Report of the Imperial Institute of Veterinary Research, Muktesar
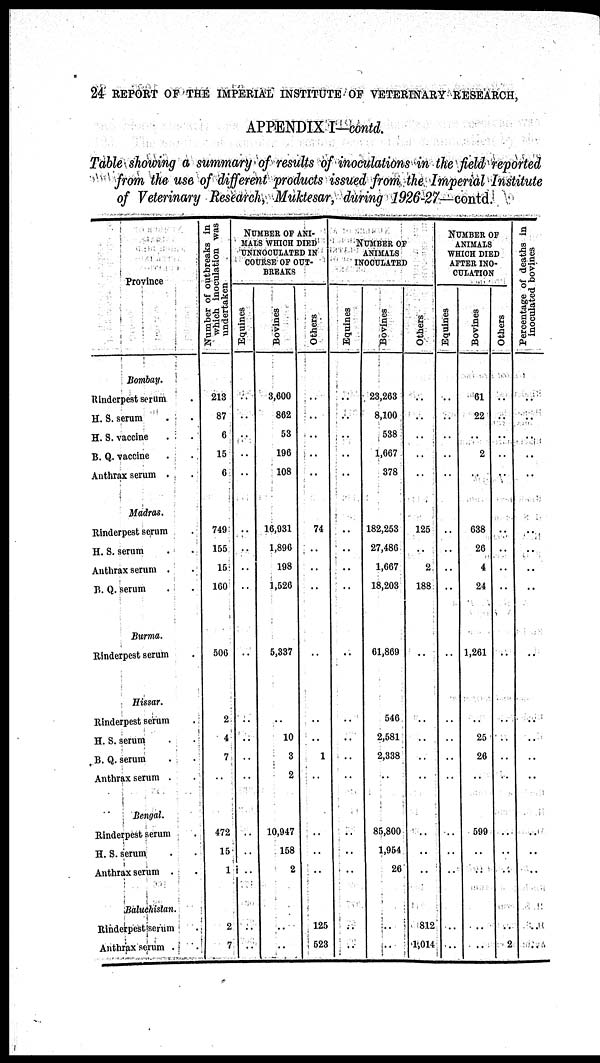
24 REPORT OF THE IMPERIAL INSTITUTE OF VETERINARY RESEARCH,
APPENDIX I -contd.
Table showing a summary of results of inoculations in the field reported
from the use of different products issued from the Imperial Institute
of Veterinary Research, Muktesar, during 1926-27—contd.
Province
Bombay.
Rinderpest serum
H. S. serum
H. S. vaccine
B. Q. vaccine
Anthrax serum .
Madras.
Rinderpest serum
H. S. serum
Anthrax serum .
B. Q. serum
Burma.
Rinderpest serum
Hissar.
Rinderpest serum
H. S. serum
B. Q. serum
Anthrax serum .
Bengal.
Rinderpest serum
H. S. serum
Anthrax serum .
Baluchistan.
Rinderpest serum
Anthrax serum .
Number of outbreaks in
which inoculation was
undertaken
213
87
6
15
6
749
155
15
160
506
2
4
7
472
15
1
2
7
NUMBER OF ANI-
-ALS WHICH DIED
UNINOCULATED IN
COURSE OF OUT-
BREAKS
Equines
..
..
..
..
..
..
..
..
..
..
..
..
..
..
..
..
..
..
..
..
Bovines
3,600
862
53
196
108
16,931
1,896
198
1,526
5,337
..
10
3
2
..
10,947
158
2
..
..
Others
..
..
..
..
..
74
..
..
..
..
..
..
1
..
..
..
..
..
125
523
NUMBER OF
ANIMALS
INOCULATED
Equines
..
..
..
..
..
..
..
..
..
..
..
..
..
..
..
..
..
..
..
..
Bovines
23,263
8,100
538
1,667
378
182,253
27,486
1,667
18,203
61,869
546
2,581
2,338
..
..
85,800
1,954
26
..
..
Others
..
..
..
..
..
125
..
2
188
..
..
..
..
..
..
..
..
..
812
1,014
NUMBER OF
ANIMALS
WHICH DIED
AFTER INO-
CULATION
Equines
..
..
..
..
..
..
..
..
..
..
..
..
..
..
..
..
..
..
..
..
Bovines
61
22
..
2
..
638
26
4
24
1,261
..
25
26
..
..
599
..
..
..
..
Others
..
..
..
..
..
..
..
..
..
..
..
..
..
..
..
..
..
..
..
2
Percentage of deaths in
inoculated bovines
..
..
..
..
..
..
..
..
..
..
..
..
..
..
..
..
..
..
..